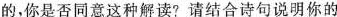
的，你是否同意这种解读?请结合诗句说明你的